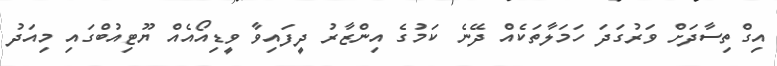
އިގްތިސާދަށް ވަރުގަދަ ހަމަލާތަކެއް ދޭނެ ކަމުގެ އިންޒާރު ދީފައިވާ ވީޑިއޯއެއް ޔޫޓިއުބްގައި މިއަދު